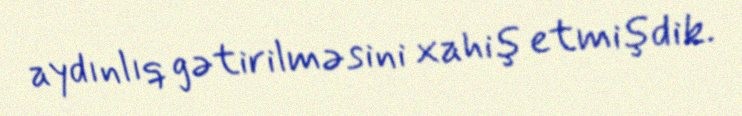
aydınlıq gətirilməsini xahiş etmişdik.